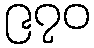
၉၇၀